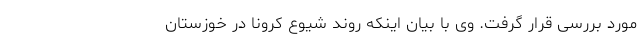
مورد بررسی قرار گرفت. وی با بیان اینکه روند شیوع کرونا در خوزستان